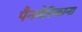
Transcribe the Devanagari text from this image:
पैनमेरिकाना